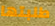
طلبتها